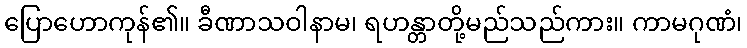
ပြောဟောကုန်၏။ ခီဏာသဝါနာမ၊ ရဟန္တာတို့မည်သည်ကား။ ကာမဂုဏံ၊